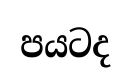
පයටද